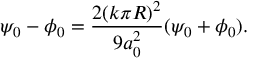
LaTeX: \psi _ { 0 } - \phi _ { 0 } = \frac { 2 ( k \pi R ) ^ { 2 } } { 9 a _ { 0 } ^ { 2 } } ( \psi _ { 0 } + \phi _ { 0 } ) .